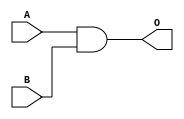
module AND(
	input A,B,
	output O
	);
	
	assign O = A & B;

endmodule